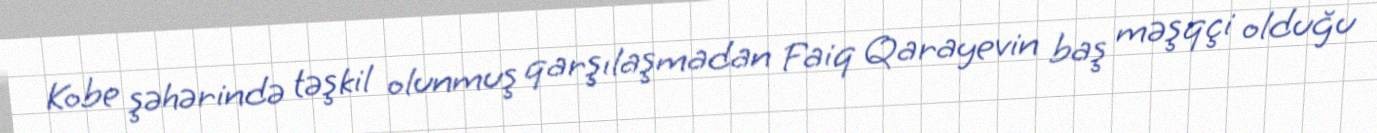
Kobe şəhərində təşkil olunmuş qarşılaşmadan Faiq Qarayevin baş məşqçi olduğu